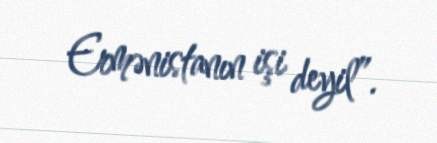
Ermənistanın işi deyil”.